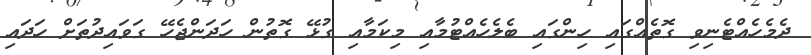
ދެމެހެއްޓެނިވި ގޮތެއްގައި ހިންގައި ބެލެހެއްޓުމާއި މިކަމާއި ގުޅޭ ގޮތުން ހަދަންޖެހޭ ގަވައިދުތަށް ހަދައި